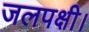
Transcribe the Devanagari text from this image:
जलपक्षी।